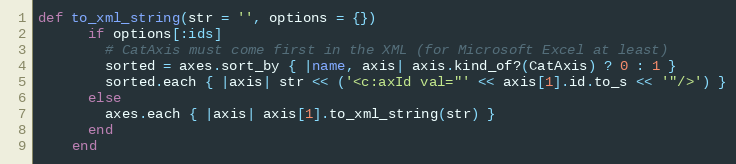
Language: Ruby
def to_xml_string(str = '', options = {})
      if options[:ids]
        # CatAxis must come first in the XML (for Microsoft Excel at least)
        sorted = axes.sort_by { |name, axis| axis.kind_of?(CatAxis) ? 0 : 1 }
        sorted.each { |axis| str << ('<c:axId val="' << axis[1].id.to_s << '"/>') }
      else
        axes.each { |axis| axis[1].to_xml_string(str) }
      end
    end